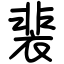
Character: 裴